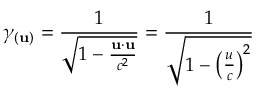
\gamma _ { ( \mathbf { u } ) } = { \frac { 1 } { \sqrt { 1 - { \frac { \mathbf { u } \cdot \mathbf { u } } { c ^ { 2 } } } } } } = { \frac { 1 } { \sqrt { 1 - \left( { \frac { u } { c } } \right) ^ { 2 } } } }